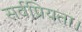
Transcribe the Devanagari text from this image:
सर्वप्रियता।